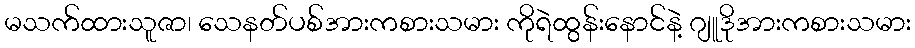
မသက်ထားသူဇာ၊ သေနတ်ပစ်အားကစားသမား ကိုရဲထွန်းနောင်နဲ့ ဂျူဒိုအားကစားသမား